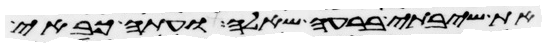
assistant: את שיבתי ברעה שאלה ועתה כבאי